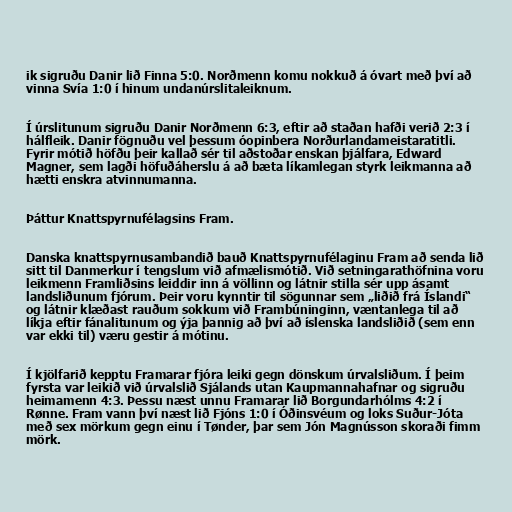
ik sigruðu Danir lið Finna 5:0. Norðmenn komu nokkuð á óvart með því að
vinna Svía 1:0 í hinum undanúrslitaleiknum.

Í úrslitunum sigruðu Danir Norðmenn 6:3, eftir að staðan hafði verið 2:3 í
hálfleik. Danir fögnuðu vel þessum óopinbera Norðurlandameistaratitli.
Fyrir mótið höfðu þeir kallað sér til aðstoðar enskan þjálfara, Edward
Magner, sem lagði höfuðáherslu á að bæta líkamlegan styrk leikmanna að
hætti enskra atvinnumanna.

Þáttur Knattspyrnufélagsins Fram.

Danska knattspyrnusambandið bauð Knattspyrnufélaginu Fram að senda lið
sitt til Danmerkur í tengslum við afmælismótið. Við setningarathöfnina voru
leikmenn Framliðsins leiddir inn á völlinn og látnir stilla sér upp ásamt
landsliðunum fjórum. Þeir voru kynntir til sögunnar sem „liðið frá Íslandi“
og látnir klæðast rauðum sokkum við Frambúninginn, væntanlega til að
líkja eftir fánalitunum og ýja þannig að því að íslenska landsliðið (sem enn
var ekki til) væru gestir á mótinu.

Í kjölfarið kepptu Framarar fjóra leiki gegn dönskum úrvalsliðum. Í þeim
fyrsta var leikið við úrvalslið Sjálands utan Kaupmannahafnar og sigruðu
heimamenn 4:3. Þessu næst unnu Framarar lið Borgundarhólms 4:2 í
Rønne. Fram vann því næst lið Fjóns 1:0 í Óðinsvéum og loks Suður-Jóta
með sex mörkum gegn einu í Tønder, þar sem Jón Magnússon skoraði fimm
mörk.